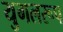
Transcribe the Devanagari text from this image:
युगलरूप